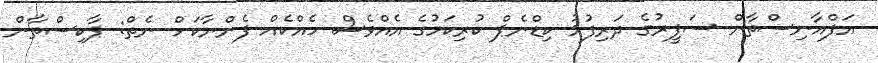
އަފްއާނިސްތާން ސަފީރުގެ ދަރިފުޅު ކިޑްނެޕް ކުރިކަމުގެ އެއްވެސް ހެއްކެއް ފެންނާކަށް ނެތް: ޕާކިސްތާން